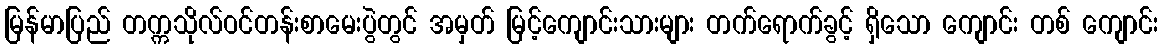
မြန်မာပြည် တက္ကသိုလ်ဝင်တန်းစာမေးပွဲတွင် အမှတ် မြင့်ကျောင်းသားများ တက်ရောက်ခွင့် ရှိသော ကျောင်း တစ် ကျောင်း